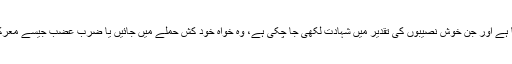
قاتل تنظیموں کے منشور میں جہنم واصل ہونا لکھا جا چکا ہے اور جن خوش نصیبوں کی تقدیر میں شہادت لکھی جا چکی ہے، وہ خواہ خود کش حملے میں جائیں یا ضرب عضب جیسے معرکوں کی نذر ہو جائیں، اصل اپنے مقام کو لوٹ کر رہتا ہے۔